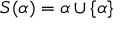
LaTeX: S ( \alpha ) = \alpha \cup \{ \alpha \}